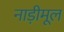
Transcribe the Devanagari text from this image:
नाड़ीमूल